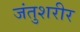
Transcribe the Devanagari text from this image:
जंतुशरीर